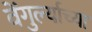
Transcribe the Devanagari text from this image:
वेंगुर्ल्याच्या